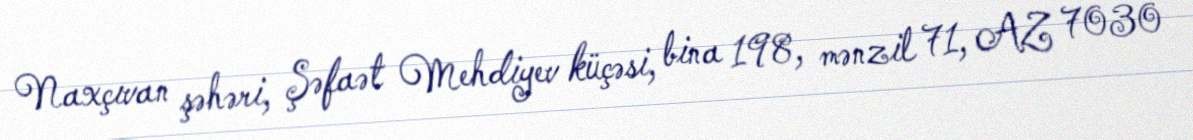
Naxçıvan şəhəri, Şəfaət Mehdiyev küçəsi, bina 198, mənzil 71, AZ 7030